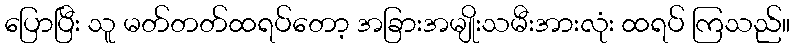
ပြောပြီး သူ မတ်တတ်ထရပ်တော့ အခြားအမျိုးသမီးအားလုံး ထရပ် ကြသည်။